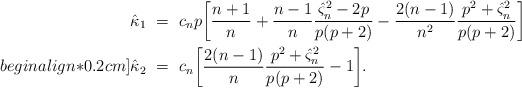
LaTeX: \begin{align*} \hat\kappa_{1} \ &= \ c_n p \bigg[ \frac{n+1}{n} +\frac{n-1}{n} \frac{{\hat\varsigma}_n^2 - 2p}{p(p+2)} - \frac{2(n-1)}{n^2} \frac{p^2+\hat\varsigma_n^2}{p(p+2)} \bigg]\\begin{align*}0.2cm] \hat\kappa_{2} \ &= \ c_n\bigg[\frac{2(n-1)}{n}\frac{p^2+\hat\varsigma_n^2}{p(p+2)} - 1\bigg].\end{align*}